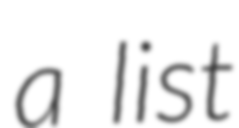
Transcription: a list